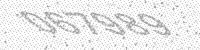
Solution: 067989